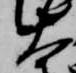
大